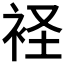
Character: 𧙔